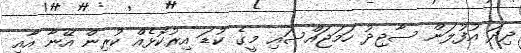
ދިދަ އުފުލަން ސާޖިދު ހަމަޖައްސައި މީގެ ކުޑަ އިރުކޮޅެއް ކުރިން އޭނާ އާއި